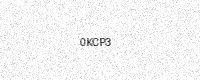
Text: 0KCP3